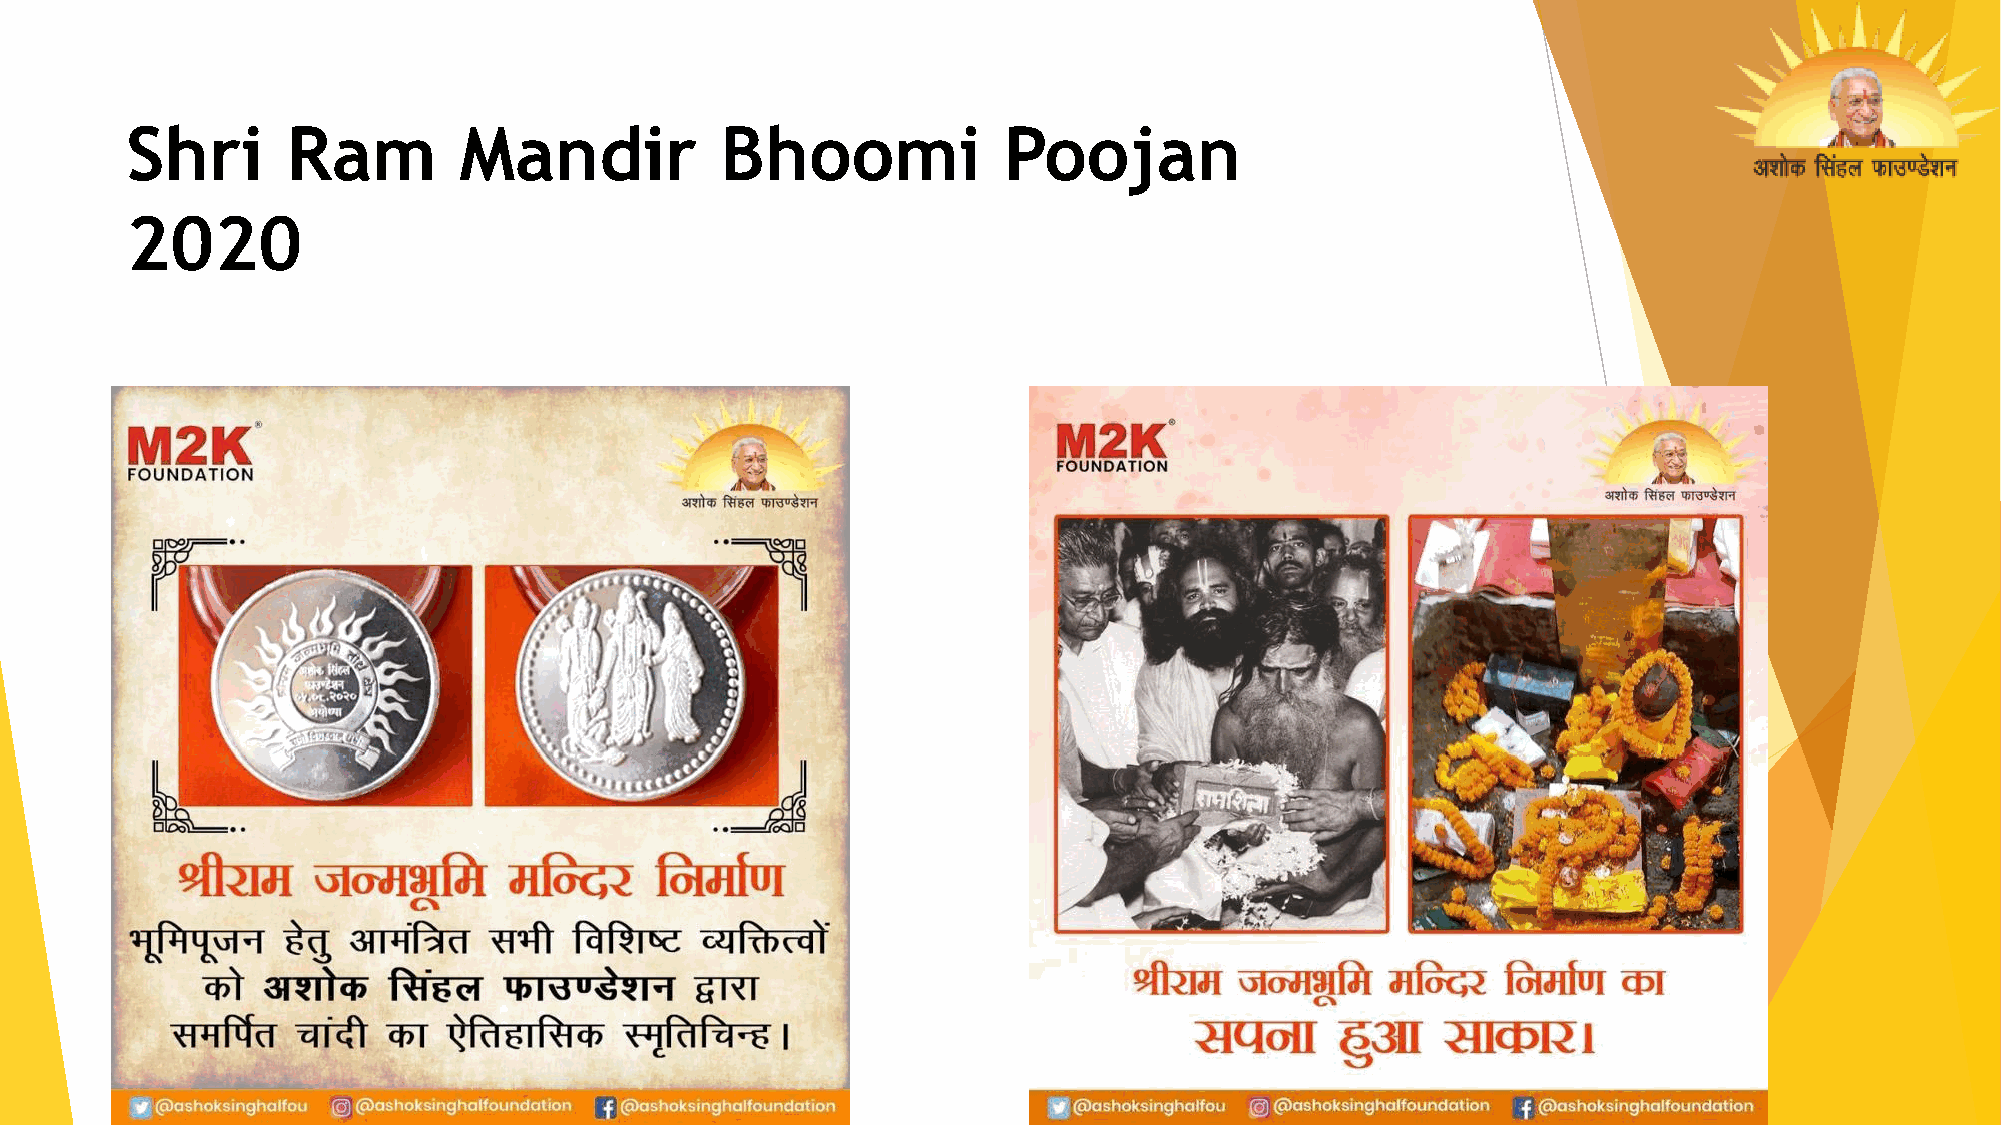
Shri       Ram        Mandir            Bhoomi            Poojan
 2020